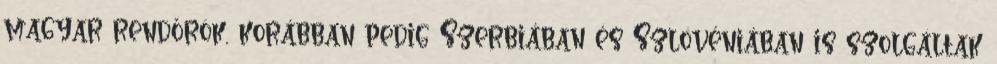
magyar rendőrök, korábban pedig Szerbiában és Szlovéniában is szolgáltak